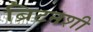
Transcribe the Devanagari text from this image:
ब्रिटनशी